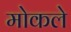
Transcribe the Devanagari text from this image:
मोकले